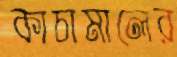
কাচামালের